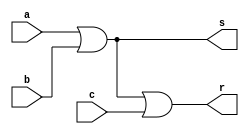
// -------------------------
// Exercicio10
// Nome: Rayan Darwin
// -------------------------

module orgate(output s, output r, input a, input b, input c);
 assign s = (a | b);
 assign r = (s | c);
endmodule

module teste;
 reg x,y,w;
 wire z,t;
 
 orgate OR1 (z,t,x,y,w);
 
 initial begin
  x=0; y=0; w=0;
  $display("Teste\nx y w t");
  $monitor("%b %b %b %b",x,y,w,t);
  
  #1 x=0; y=0; w=1;
  #1 x=0; y=1; w=0;
  #1 x=0; y=1; w=1;
  #1 x=1; y=0; w=0;
  #1 x=1; y=0; w=1;
  #1 x=1; y=1; w=0;
  #1 x=1; y=1; w=1;
 end
 
endmodule